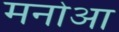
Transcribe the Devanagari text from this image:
मनोआ